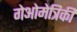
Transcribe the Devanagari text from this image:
गेओमेत्रिकी